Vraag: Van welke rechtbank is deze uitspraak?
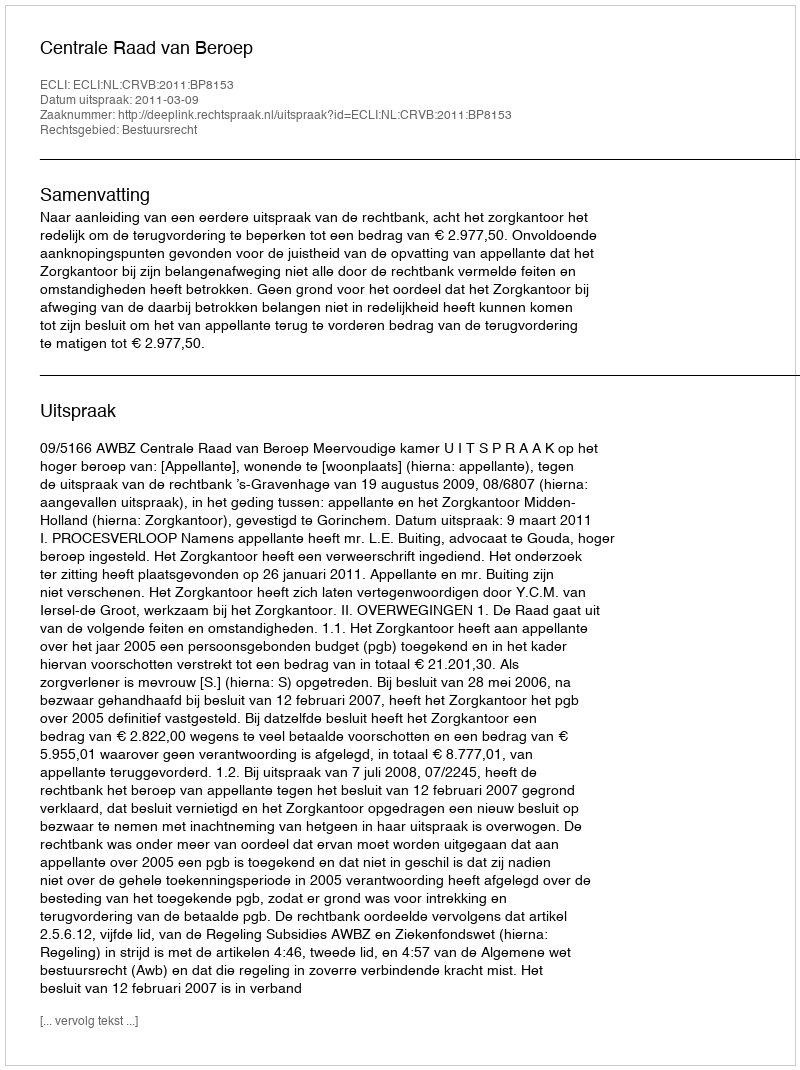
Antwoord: Centrale Raad van Beroep